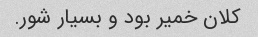
کلان خمیر بود و بسیار شور.